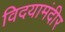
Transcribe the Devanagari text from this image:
विदयामंदीर